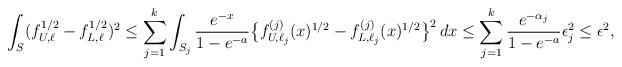
LaTeX: \begin{align*} \int_{S} (f_{U, \ell}^{1/2} - f_{L, \ell}^{1/2})^2 &\leq \sum_{j=1}^k \int_{S_j} \frac{e^{-x}}{1 - e^{-a}}\bigl\{f_{U,\ell_j}^{(j)}(x)^{1/2} - f_{L, \ell_j}^{(j)}(x)^{1/2}\bigr\}^2 \, dx \leq \sum_{j=1}^k \frac{e^{-\alpha_j}}{1 - e^{-a}} \epsilon_j^2 \leq \epsilon^2, \end{align*}